画像に写った文字を読んでください
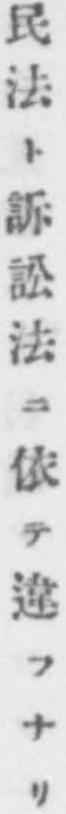
「民法ト訴訟法ニ依テ違フナリ」と書いてあります